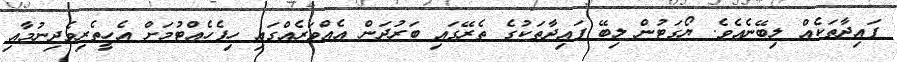
ފައިދާތަކެއް ލިބޭނެއެވެ. ޔޯގަޓުން ލިބޭ ފައިދާތަކުގެ ތެރޭގައި ބަރުދަން އެއްވަރެއްގައި ހިފެހެއްޓުމަށް އެހީތެރިވެދިނުމާއި